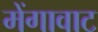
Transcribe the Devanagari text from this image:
मेंगावाट